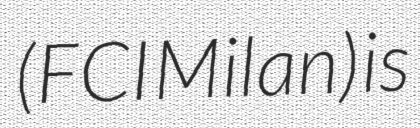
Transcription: (FCI Milan) is